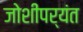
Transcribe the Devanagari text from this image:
जोशींपर्यंत